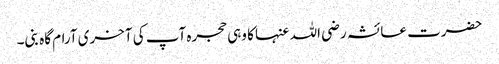
حضرت عائشہ رضی اللہ عنہا کا وہی حجرہ آپ کی آخری آرام گاہ بنی۔